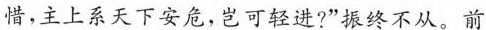
惜，主上系天下安危，岂可轻进?”振终不从。前